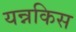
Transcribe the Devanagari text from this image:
यन्नकिस